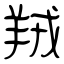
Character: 羢